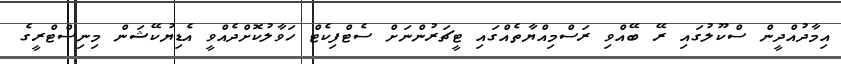
އިމާދުއްދީން ސްކޫލުގައި ރޭ ބޭއްވި ރަސްމިއްޔާތެއްގައި ޓީޗަރުންނަށް ސެޓްފިކެޓް ހަވާލުކޮށްދެއްވީ އެޑިޔުކޭޝަން މިނިސްޓްރީގެ